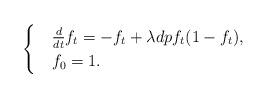
LaTeX: \begin{align*}\begin{cases}&\frac{d}{dt}f_t=-f_t+\lambda dpf_t(1-f_t),\\&f_0=1.\end{cases}\end{align*}